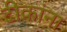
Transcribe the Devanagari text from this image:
टीकांना